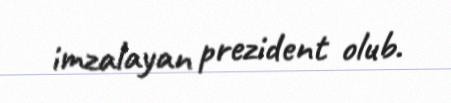
imzalayan prezident olub.